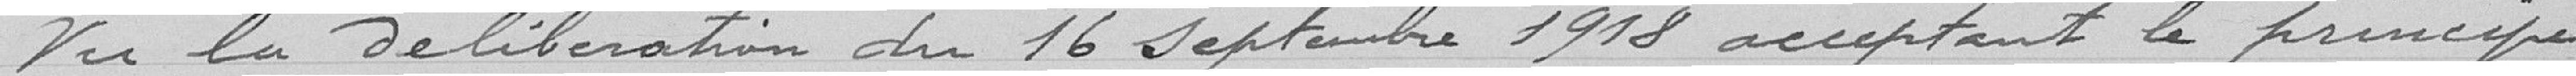
Vu la délibération du 16 Septembre 1918 acceptant le principe